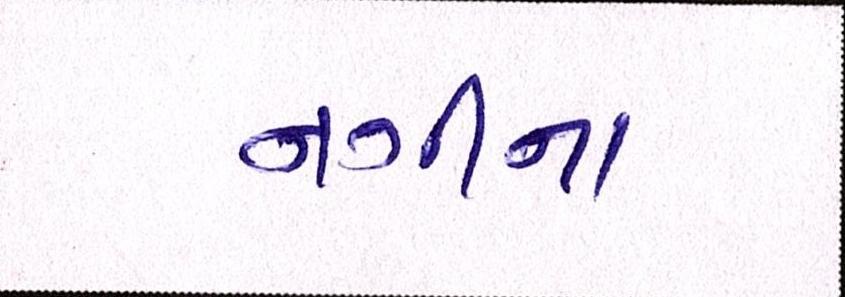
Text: નગીના